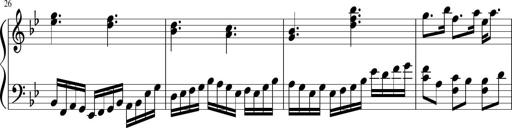
Title: Sonatina in F major
Composer: Ethan Ngo
Key: F major